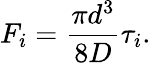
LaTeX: F_{i}=\frac{\pi d^{3}}{8D}\tau_{i}.